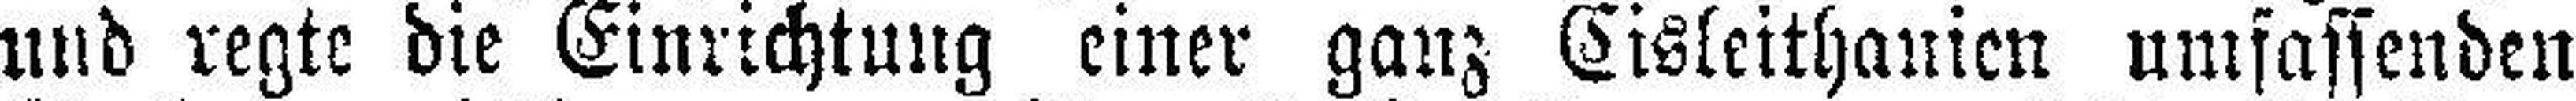
und regte die Einrichtung einer ganz Cisleithanien umfassenden